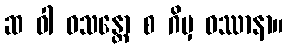
ဆ ဝါ ဝသန္တော စ ဂိမှ ဝဿာနာ။